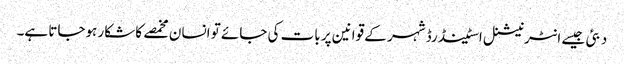
دبئی جیسے انٹرنیشنل اسٹینڈرڈ شہر کے قوانین پر بات کی جائے تو انسان مخمصے کا شکار ہوجاتا ہے۔